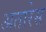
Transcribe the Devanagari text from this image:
अतारेस